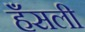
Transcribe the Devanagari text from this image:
हँसली